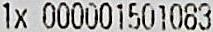
1X 000001501083